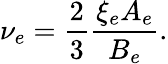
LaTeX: \nu_{e}=\frac 23\frac{\xi_{e}A_{e}}{B_{e}}.